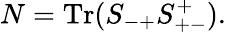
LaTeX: N=\mathrm{Tr}(S_{-+}S_{+-}^{+}).